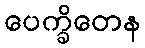
ပေက္ခိတေန